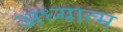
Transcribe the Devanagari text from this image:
अध्यात्‍म